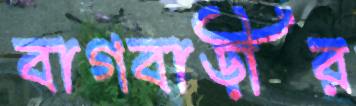
বাগবাড়ীর